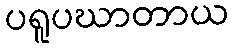
ပရူပဃာတာယ